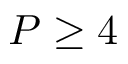
P \geq 4